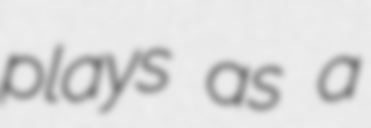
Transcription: plays as a